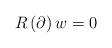
LaTeX: \begin{align*}R\left( \partial \right) w=0 \end{align*}